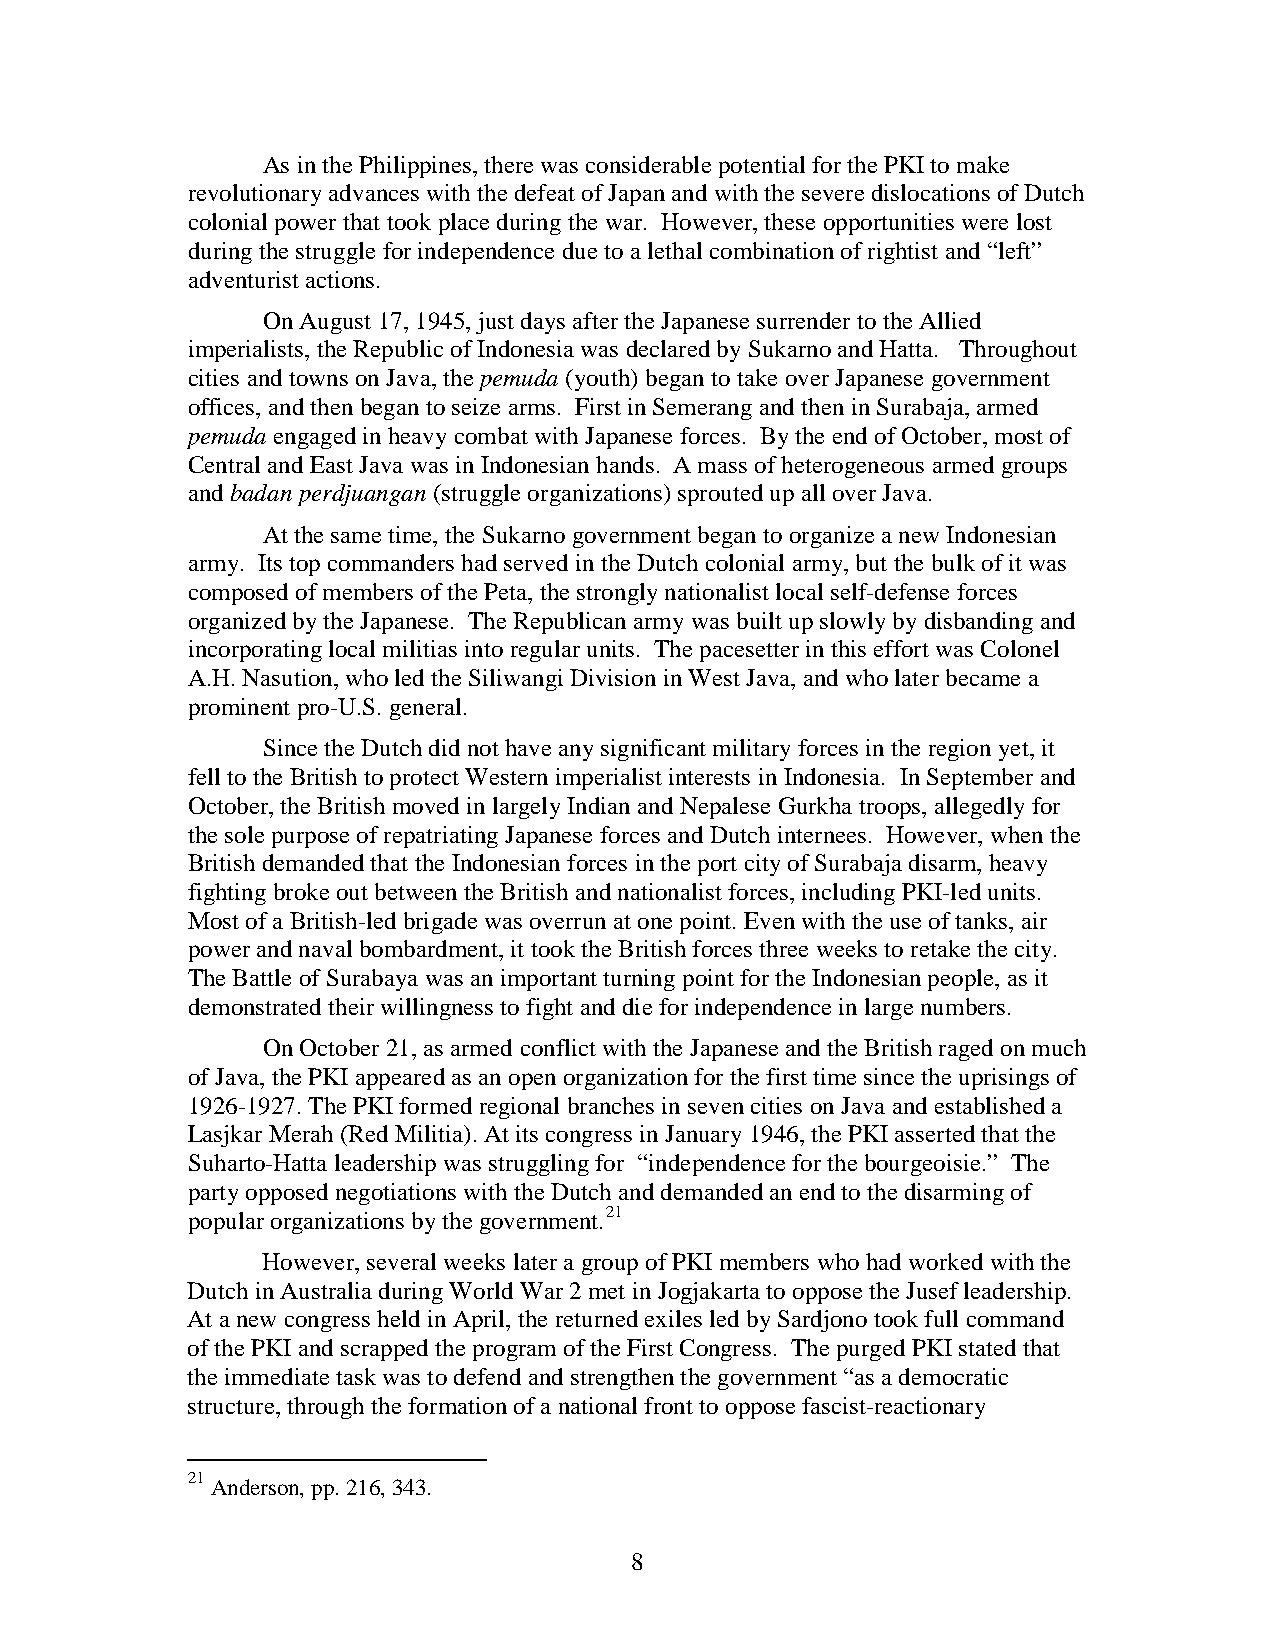
As in the Philippines, there was considerable potential for the PKI to make
 revolutionary advances with the defeat of Japan and with the severe dislocations of Dutch
 colonial power that took place during the war. However, these opportunities were lost
 during the struggle for independence due to a lethal combination of rightist and “left”
 adventurist actions.
 On August 17, 1945, just days after the Japanese surrender to the Allied
 imperialists, the Republic of Indonesia was declared by Sukarno and Hatta. Throughout
 cities and towns on Java, the pemuda (youth) began to take over Japanese government
 offices, and then began to seize arms. First in Semerang and then in Surabaja, armed
 pemuda engaged in heavy combat with Japanese forces. By the end of October, most of
 Central and East Java was in Indonesian hands. A mass of heterogeneous armed groups
 and badan perdjuangan (struggle organizations) sprouted up all over Java.
 At the same time, the Sukarno government began to organize a new Indonesian
 army. Its top commanders had served in the Dutch colonial army, but the bulk of it was
 composed of members of the Peta, the strongly nationalist local self-defense forces
 organized by the Japanese. The Republican army was built up slowly by disbanding and
 incorporating local militias into regular units. The pacesetter in this effort was Colonel
 A.H. Nasution, who led the Siliwangi Division in West Java, and who later became a
 prominent pro-U.S. general.
 Since the Dutch did not have any significant military forces in the region yet, it
 fell to the British to protect Western imperialist interests in Indonesia. In September and
 October, the British moved in largely Indian and Nepalese Gurkha troops, allegedly for
 the sole purpose of repatriating Japanese forces and Dutch internees. However, when the
 British demanded that the Indonesian forces in the port city of Surabaja disarm, heavy
 fighting broke out between the British and nationalist forces, including PKI-led units.
 Most of a British-led brigade was overrun at one point. Even with the use of tanks, air
 power and naval bombardment, it took the British forces three weeks to retake the city.
 The Battle of Surabaya was an important turning point for the Indonesian people, as it
 demonstrated their willingness to fight and die for independence in large numbers.
 On October 21, as armed conflict with the Japanese and the British raged on much
 of Java, the PKI appeared as an open organization for the first time since the uprisings of
 1926-1927. The PKI formed regional branches in seven cities on Java and established a
 Lasjkar Merah (Red Militia). At its congress in January 1946, the PKI asserted that the
 Suharto-Hatta leadership was struggling for “independence for the bourgeoisie.” The
 party opposed negotiations with the Dutch and demanded an end to the disarming of
 popular organizations by the government.21
 However, several weeks later a group of PKI members who had worked with the
 Dutch in Australia during World War 2 met in Jogjakarta to oppose the Jusef leadership.
 At a new congress held in April, the returned exiles led by Sardjono took full command
 of the PKI and scrapped the program of the First Congress. The purged PKI stated that
 the immediate task was to defend and strengthen the government “as a democratic
 structure, through the formation of a national front to oppose fascist-reactionary
 21
 Anderson, pp. 216, 343.
 8